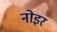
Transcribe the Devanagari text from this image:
नोइर